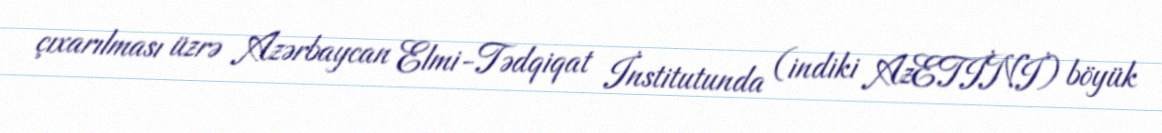
çıxarılması üzrə Azərbaycan Elmi-Tədqiqat İnstitutunda (indiki AzETİNİ) böyük